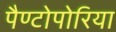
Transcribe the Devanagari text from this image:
पैण्टोपोरिया